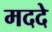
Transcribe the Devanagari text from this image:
मददे